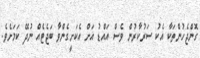
ގޮންޖެހުންތަކާ އެކު ސަރުކާރުން ވެސް އައްޑު އަށް އެކަށީގެންވާ ބަޖެޓެއް ނުދޭ ކަމަށެވެ.